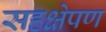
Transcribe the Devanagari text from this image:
सहक्षेपण